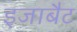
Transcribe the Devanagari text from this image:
इजाबैट